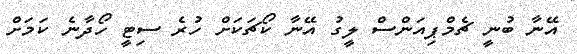
އޭނާ ބުނީ ޗެމްޕިއަންސް ލީގު އޭނާ ކޯޗަކަށް ހުރެ ސިޓީ ހޯދާނެ ކަމަށް